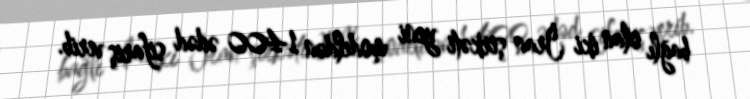
bağlı olan iki İran şirkəti yeni modeldən 1400 ədəd sifariş verib.